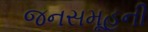
જનસમૂહની